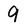
Character: 9